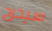
سيخرج